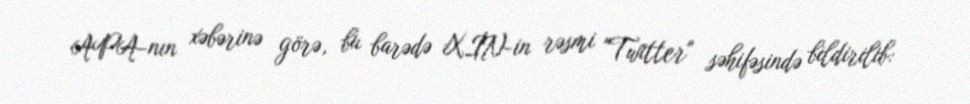
APA-nın xəbərinə görə, bu barədə XİN-in rəsmi "Twitter" səhifəsində bildirilib: